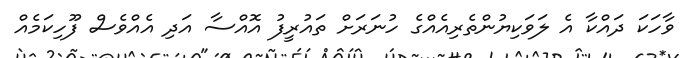
ވާހަކަ ދައްކާ އެ ލަވަކިޔުންތެރިއެއްގެ ހުނަރަށް ތައުރީފު އޮއްސާ އަދި އެއްވެސް ފޫހިކަމެއް